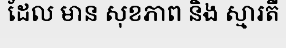
ដែល មាន សុខភាព និង ស្មារតី